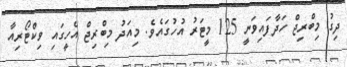
ދިގު މިބްރިޖް ހަދާފައިވަނީ 125 މީޓަރު އުހުގައެވެ. މިއަދު މިބްރިޖް އެހީގައި ވިކްޓޯރިއާ